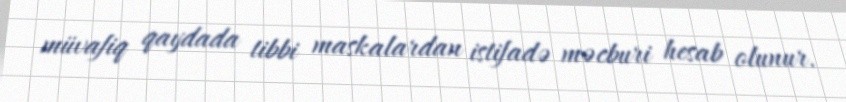
müvafiq qaydada tibbi maskalardan istifadə məcburi hesab olunur.